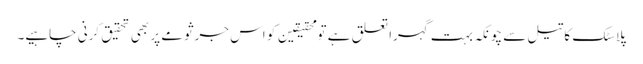
پلاسٹک کا تیل سے چونکہ بہت گہرا تعلق ہے تو محقیقین کو اس جرثومے پر بھی تحقیق کرنی چاہیے۔